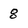
Character: 8